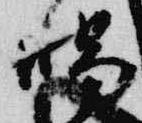
喝